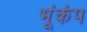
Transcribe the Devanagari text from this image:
भूंकंप